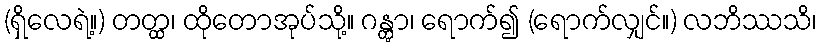
(ရှိလေရဲ့။) တတ္ထ၊ ထိုတောအုပ်သို့။ ဂန္တွာ၊ ရောက်၍ (ရောက်လျှင်။) လဘိဿသိ၊